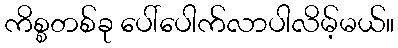
ကိစ္စတစ်ခု ပေါ်ပေါက်လာပါလိမ့်မယ်။